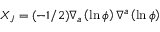
X _ { J } = ( - 1 / 2 ) \nabla _ { a } \left( \ln { \phi } \right) \nabla ^ { a } \left( \ln { \phi } \right)